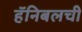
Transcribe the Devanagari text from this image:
हॅनिबलची